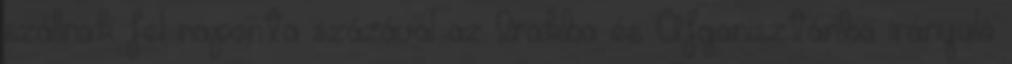
szállnak fel naponta százával az Irakba és Afganisztánba irányuló